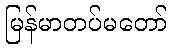
မြန်မာတပ်မတော်